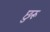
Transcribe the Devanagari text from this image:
छुरू